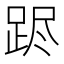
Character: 𲃥